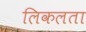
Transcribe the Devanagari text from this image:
लिकलता